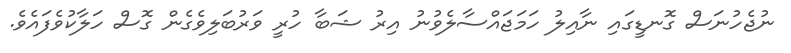
ނުޖެހުނަސް ގޮނޑީގައި ނާއިލު ހަމަޖައްސާލެވުނު އިރު ޝަބާ ހުރީ ވަރުބަލިވެގެން ގޮސް ހަލާކުވެފައެވެ.